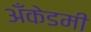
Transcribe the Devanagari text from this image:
अँकेडमी